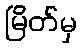
မြိတ်မှ